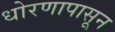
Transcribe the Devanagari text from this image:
धोरणापासून